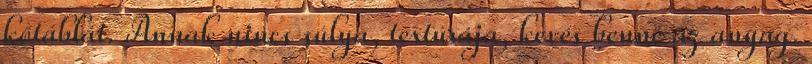
kőtáblát. Annak nincs súlya, textúrája, kevés benne az anyag.